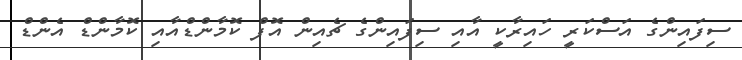
ސިފައިންގެ އަސްކަރީ ހައިރާކީ އާއި ސިފައިންގެ ޗެއިން އޮފް ކޮމާންޑްއާއި ކޮމާންޑް އެންޑް